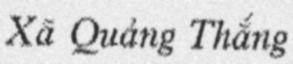
Xã Quảng Thắng